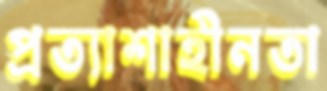
প্রত্যাশাহীনতা